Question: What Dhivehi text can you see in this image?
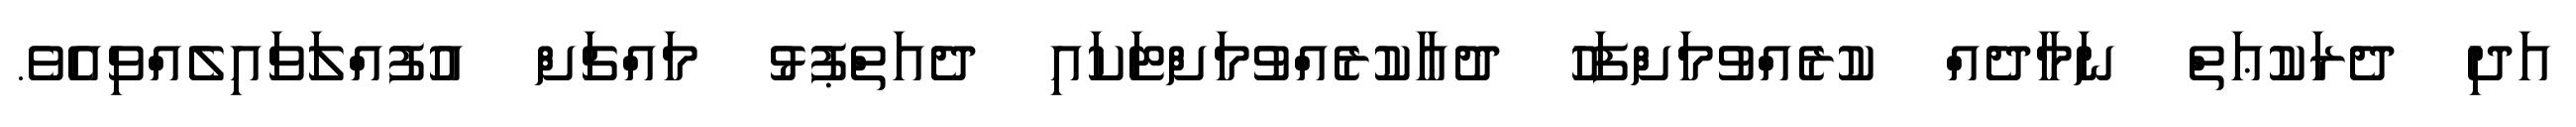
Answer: އަދި ދެރަކުޢަތް ނަމާދެއް ކުރެއްވުމަށްފަހު ދުޢާކުރެއްވުމަށްޓަކައި ދެއަތްޕުޅު މައްޗަށް އުފުއްލަވައިލެއްވިއެވެ.